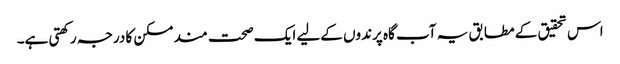
اس تحقیق کے مطابق یہ آب گاہ پرندوں کےلیے ایک صحت مند مسکن کا درجہ رکھتی ہے۔